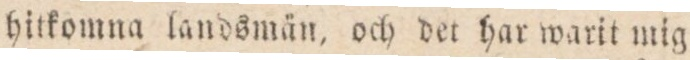
hitkomna landsmän, och det har warit mig